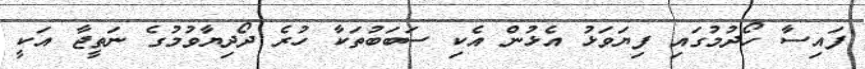
ފައިސާ ހޯދުމުގައި ފިޔަވަޅު އެޅުން އެކި ސަބަބުތަކާ ހުރެ ދޯދިޔާވުމުގެ ނަތީޖާ އަކީ